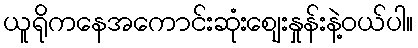
ယူရိုကနေအကောင်းဆုံးစျေးနှုန်းနဲ့ဝယ်ပါ။